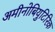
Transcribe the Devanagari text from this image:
अमीनोबियुटिरिक